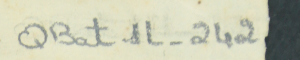
QBat1L-242